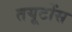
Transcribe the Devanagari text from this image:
तयूटोंस